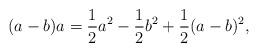
LaTeX: \begin{align*}(a-b)a = \frac{1}{2}a^2-\frac{1}{2}b^2+\frac{1}{2}(a-b)^2,\end{align*}